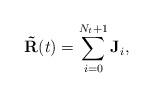
LaTeX: \begin{align*}\mathbf{\tilde{R}}(t)=\sum_{i=0}^{N_t+1}\mathbf{J}_i,\end{align*}